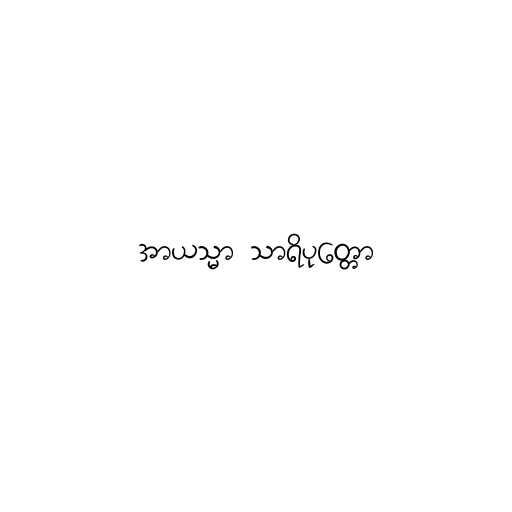
အာယသ္မာ သာရိပုတ္တော